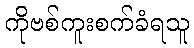
ကိုဗစ်ကူးစက်ခံရသူ